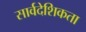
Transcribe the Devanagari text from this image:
सार्वदेशिकता